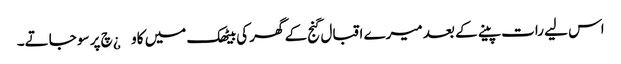
اس لیے رات پینے کے بعد میرے اقبال گنج کے گھر کی بیٹھک میں کاو¿چ پر سو جاتے۔